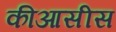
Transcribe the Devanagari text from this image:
कीआसीस